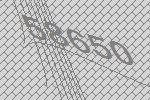
58650